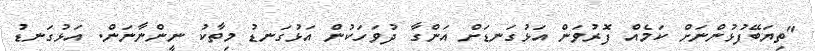
"ތިޔަބޭފުޅުންނަށް ކަމެއް ފޮރުވަން އަޅުގަނޑަށް އަންގާ ދުވަހަކުން އަޅުގަނޑު މިތާކު ނީންނާނަން. އަޅުގަނޑު